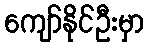
ကျော်နိုင်ဦးမှာ